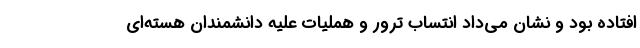
افتاده بود و نشان می‌داد انتساب ترور و هملیات علیه دانشمندان هسته‌ای